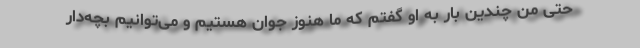
حتی من چندین بار به او گفتم که ما هنوز جوان هستیم و می‌توانیم بچه‌دار